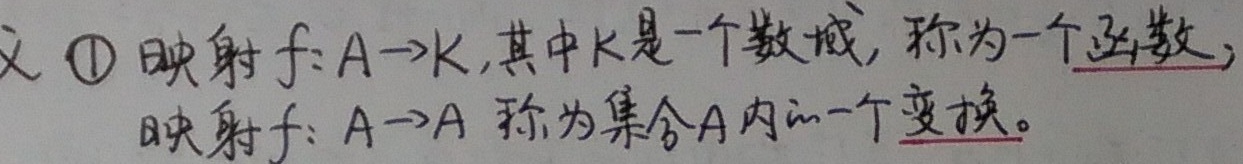
定义：
\textcircled{1} 映射 \(f:A \to K\)，其中 \(K\) 是一个数域，称为一个函数；映射 \(f:A \to A\) 称为集合 \(A\) 内的一个变换。